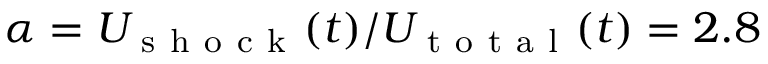
\alpha = U _ { \mathrm { ~ s ~ h ~ o ~ c ~ k ~ } } ( t ) / U _ { \mathrm { ~ t ~ o ~ t ~ a ~ l ~ } } ( t ) = 2 . 8 \